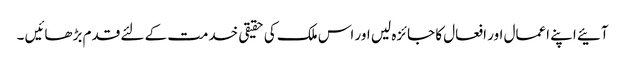
آئیے اپنے اعمال اور افعال کا جائزہ لیں اور اس ملک کی حقیقی خدمت کے لئے قدم بڑھائیں ۔